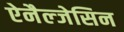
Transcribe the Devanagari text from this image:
ऐनैल्जेसिन